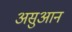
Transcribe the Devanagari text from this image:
असुआन